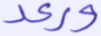
ورعد